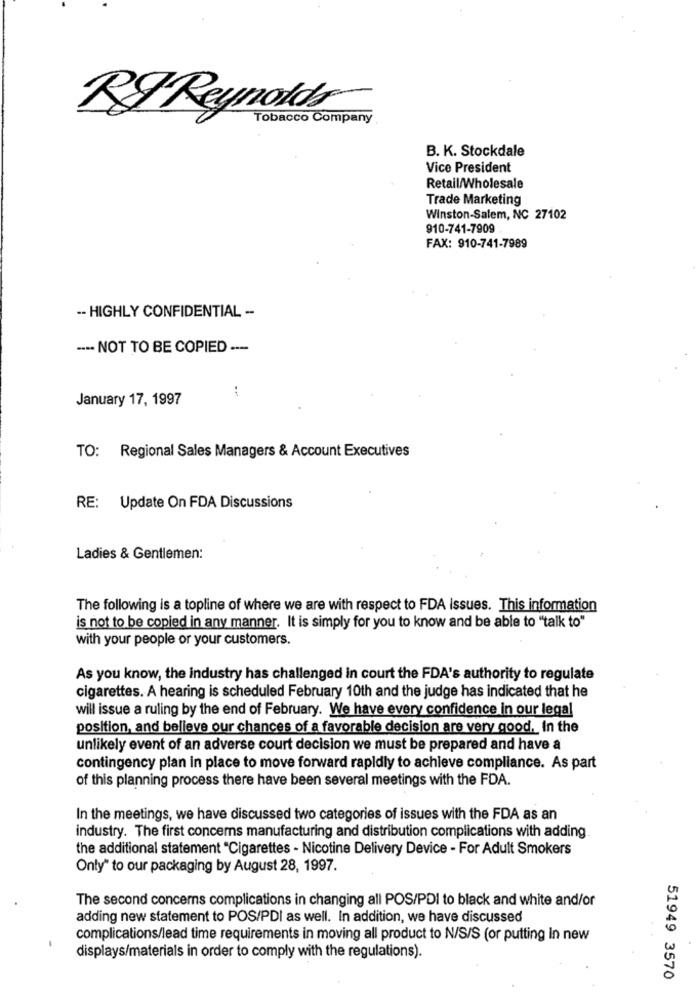
RF Reynolds
Tobacco Company
B. K. Stockdale
Vice President
Retail/Wholesale
Trade Marketing
Winston-Salem, NC 27102
910-741-7909
FAX: 910-741-7989
-- HIGHLY CONFIDENTIAL --
.... NOT TO BE COPIED ---
January 17, 1997
TO: Regional Sales Managers & Account Executives
RE: Update On FDA Discussions
Ladies & Gentlemen:
The following is a topline of where we are with respect to FDA issues. This information
is not to be copied in any manner. It is simply for you to know and be able to "talk to"
with your people or your customers.
As you know, the industry has challenged in court the FDA's authority to regulate
cigarettes. A hearing is scheduled February 10th and the judge has indicated that he
will issue a ruling by the end of February. We have every confidence in our legal
position, and believe our chances of a favorable decision are very good. In the
unlikely event of an adverse court decision we must be prepared and have a
contingency plan in place to move forward rapidly to achieve compliance. As part
of this planning process there have been several meetings with the FDA.
In the meetings, we have discussed two categories of issues with the FDA as an
industry. The first concerns manufacturing and distribution complications with adding
the additional statement "Cigarettes - Nicotine Delivery Device - For Adult Smokers
Only" to our packaging by August 28, 1997.
The second concerns complications in changing all POS/PDI to black and white and/or
adding new statement to POS/PDI as well. In addition, we have discussed
complications/lead time requirements in moving all product to N/S/S (or putting In new
displays/materials in order to comply with the regulations).
51949 3570